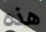
هذه